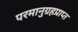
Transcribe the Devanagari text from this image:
परमानुग्रहप्राप्त